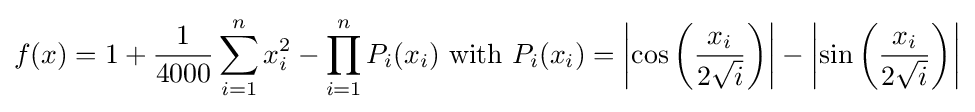
f(x)=1+{\frac {1}{4000}}\sum _{i=1}^{n}x_{i}^{2}-\prod _{i=1}^{n}P_{i}(x_{i}){\text{ with }}P_{i}(x_{i})=\left|\cos \left({\frac {x_{i}}{2{\sqrt {i}}}}\right)\right|-\left|\sin \left({\frac {x_{i}}{2{\sqrt {i}}}}\right)\right|